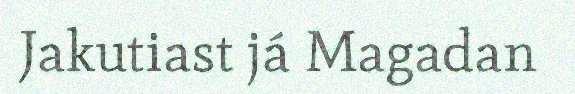
Jakutiast já Magadan